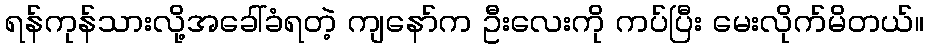
ရန်ကုန်သားလို့အခေါ်ခံရတဲ့ ကျနော်က ဦးလေးကို ကပ်ပြီး မေးလိုက်မိတယ်။